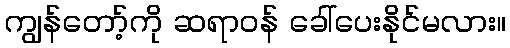
ကျွန်တော့်ကို ဆရာဝန် ခေါ်ပေးနိုင်မလား။